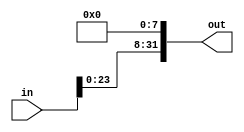
module shiftLeft8(in, out);

	input [31:0] in;
	
	output [31:0] out;
	
	assign out[31:8] = in[23:0];
	assign out[7:0] = 8'b0;

endmodule